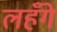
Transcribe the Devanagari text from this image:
लहँगे